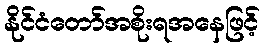
နိုင်ငံတော်အစိုးရအနေဖြင့်